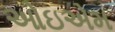
ઓઇએમ